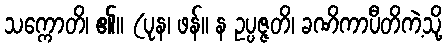
သက္ကောတိ၊ ၏။ (ပုန၊ ဖန်။ န ဥပ္ပဇ္ဇတိ၊ ခဏိကာပီတိကဲ့သို့